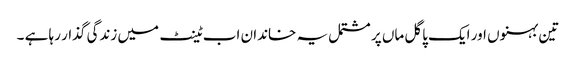
تین بہنوں اور ایک پاگل ماں پر مشتمل یہ خاندان اب ٹینٹ میں زندگی گذار رہا ہے ۔